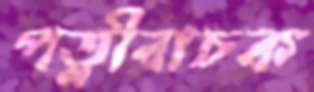
পত্নীবাচক